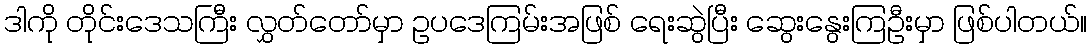
ဒါကို တိုင်းဒေသကြီး လွှတ်တော်မှာ ဥပဒေကြမ်းအဖြစ် ရေးဆွဲပြီး ဆွေးနွေးကြဦးမှာ ဖြစ်ပါတယ်။